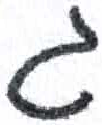
אות: ג